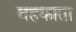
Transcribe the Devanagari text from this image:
बहकाता